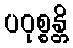
ပဝုစ္စန္တိ